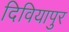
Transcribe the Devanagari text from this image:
दिवियापुर